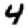
Digit: 4